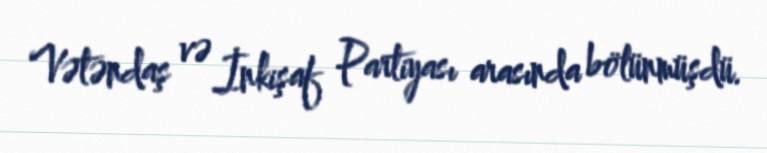
Vətəndaş və İnkişaf Partiyası arasında bölünmüşdü.